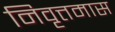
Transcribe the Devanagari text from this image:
निवृत्तमास